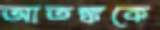
আতঙ্ককে